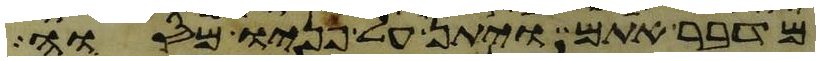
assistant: מדבר אתם ויתן על פניו מסוה